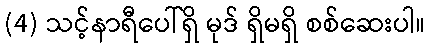
(4) သင့်နာရီပေါ်ရှိ မုဒ် ရှိမရှိ စစ်ဆေးပါ။